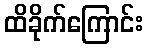
ထိခိုက်ကြောင်း